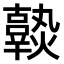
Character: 𤒒